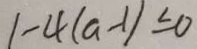
1 - 4 ( a - 1 ) \leq 0